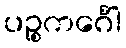
ပဉ္စကင်္ဂေါ